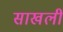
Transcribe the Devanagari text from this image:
साखली